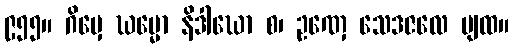
၉၅၅။ ဂိမှေ ဃမ္မော နိဒါဃော စ၊ ဥဏှေ သေဒဇလေ ပျထ။